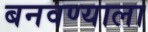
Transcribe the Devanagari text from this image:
बनवण्याला